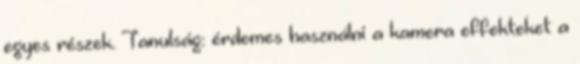
egyes részek. Tanulság: érdemes használni a kamera effekteket a